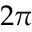
2 \pi